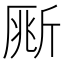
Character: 𣂥